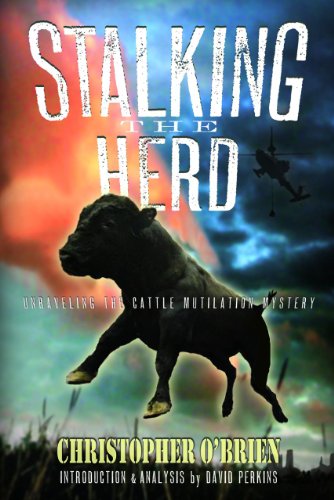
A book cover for Stalking the Herd: Unraveling the Cattle Mutilation Mystery; Christopher O'Brien; Biographies & Memoirs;